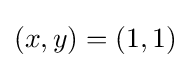
(x,y)=(1,1)